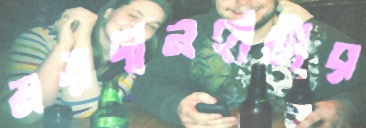
ময়দানহাটার